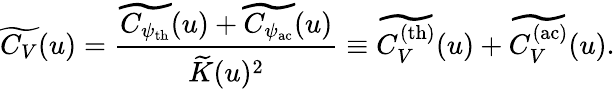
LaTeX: \widetilde{C_{V}}(u)=\frac{\widetilde{C_{\psi_{\mathrm{th}}}}(u)+\widetilde{C_{\psi_{\mathrm{ac}}}}(u)}{\widetilde{K}(u)^{2}}\equiv\widetilde{C_{V}^{\mathrm{(th)}}}(u)+\widetilde{C_{V}^{\mathrm{(ac)}}}(u).